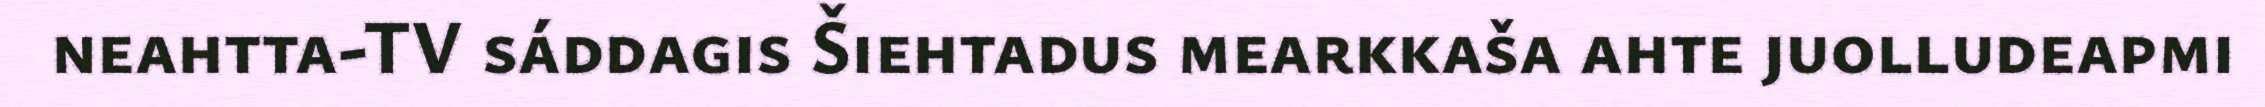
neahtta-TV sáddagis Šiehtadus mearkkaša ahte juolludeapmi